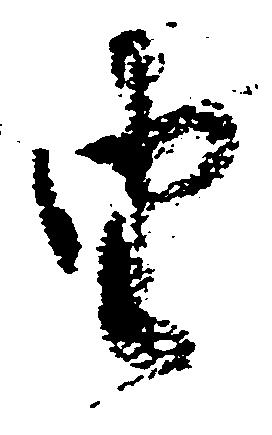
由